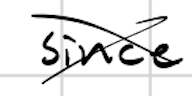
Text: since
Cross-out: cross
Writing tool: digital_black